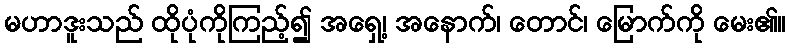
မဟာဒူးသည် ထိုပုံကိုကြည့်၍ အရှေ့၊ အနောက်၊ တောင်၊ မြောက်ကို မေး၏။